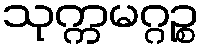
သုက္ကမဂ္ဂဉ္စ